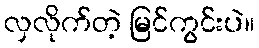
လှလိုက်တဲ့ မြင်ကွင်းပဲ။